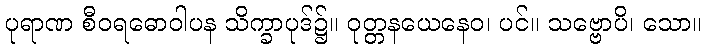
ပုရာဏ စီဝရဓောဝါပန သိက္ခာပုဒ်၌။ ဝုတ္တနယေနေဝ၊ ပင်။ သဗ္ဗောပိ၊ သော။